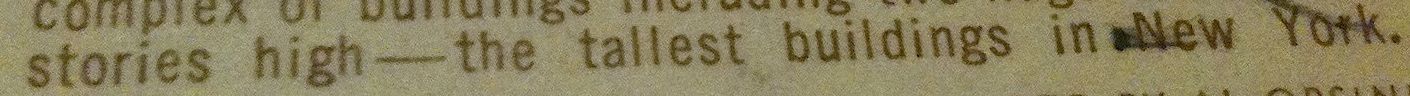
stories high-the tallest buildings in New York.